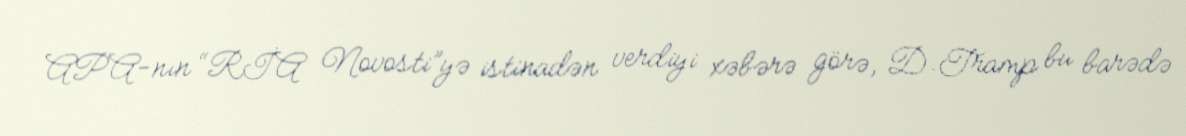
APA-nın “RİA Novosti”yə istinadən verdiyi xəbərə görə, D.Tramp bu barədə